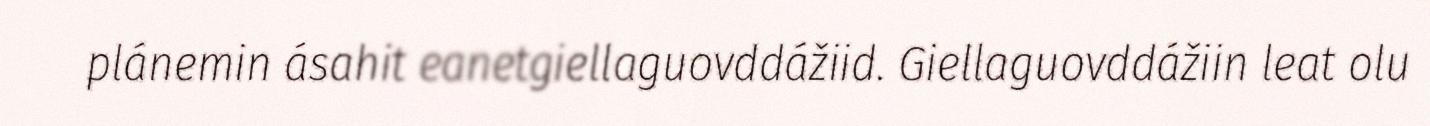
plánemin ásahit eanetgiellaguovddážiid. Giellaguovddážiin leat olu